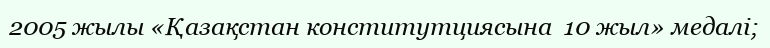
2005 жылы «Қазақстан конститутциясына  10 жыл» медалі;